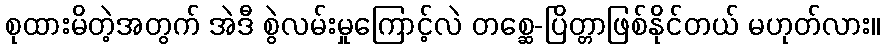
စုထားမိတဲ့အတွက် အဲဒီ စွဲလမ်းမှုကြောင့်လဲ တစ္ဆေ-ပြိတ္တာဖြစ်နိုင်တယ် မဟုတ်လား။